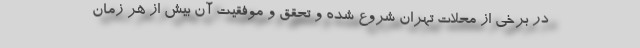
در برخی از محلات تهران شروع شده و تحقق و موفقیت آن بیش از هر زمان